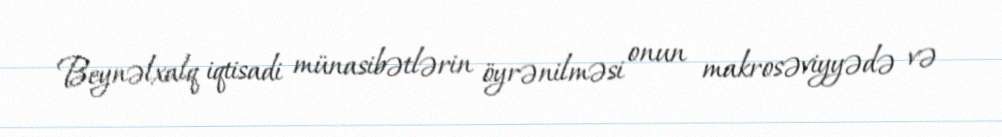
Beynəlxalq iqtisadi münasibətlərin öyrənilməsi onun makrosəviyyədə və